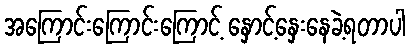
အကြောင်းကြောင်းကြောင့် နှောင့်နှေးနေခဲ့ရတာပါ